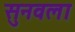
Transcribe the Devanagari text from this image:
सुनवला